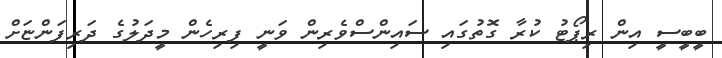
ބީބީސީ އިން ރިޕޯޓު ކުރާ ގޮތުގައި ސައިންސްވެރިން ވަނީ ފިރިހެން މީދަލުގެ ދަރިފަންޏަށް